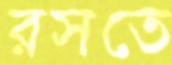
রসতে